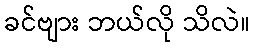
ခင်ဗျား ဘယ်လို သိလဲ။